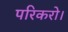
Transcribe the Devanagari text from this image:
परिकरो।